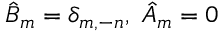
{ \hat { B } } _ { m } = \delta _ { m , - n } , \ { \hat { A } } _ { m } = 0